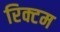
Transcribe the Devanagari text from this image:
रिक्टम